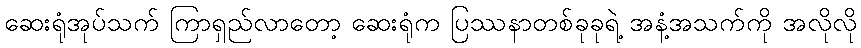
ဆေးရုံအုပ်သက် ကြာရှည်လာတော့ ဆေးရုံက ပြဿနာတစ်ခုခုရဲ့ အနံ့အသက်ကို အလိုလို